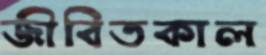
জীবিতকাল